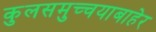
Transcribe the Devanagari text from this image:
कुलसमुच्चयाबाहेर